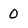
Character: 0